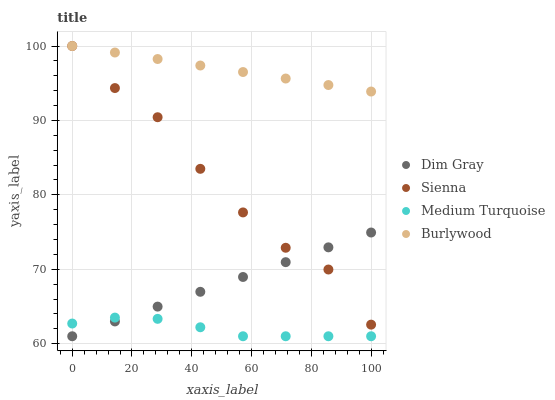
| xaxis_label | Dim Gray | Sienna | Medium Turquoise | Burlywood |
 | --- | --- | --- | --- | --- |
 | 0 | 61 | 100 | 62.7 | 100 |
 | 14.3 | 63 | 94.4 | 63.5 | 99.1 |
 | 28.6 | 65 | 90.4 | 63.3 | 98.3 |
 | 42.9 | 67 | 83.5 | 62.2 | 97.4 |
 | 57.1 | 69 | 77.6 | 61 | 96.5 |
 | 71.4 | 71 | 72.9 | 61 | 95.6 |
 | 85.7 | 72.9 | 70 | 61 | 94.8 |
 | 100 | 74.9 | 62.6 | 61 | 93.9 |